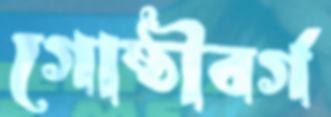
গোষ্ঠীবর্গ